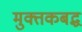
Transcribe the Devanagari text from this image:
मुक्तकबद्ध